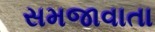
સમજાવાતા